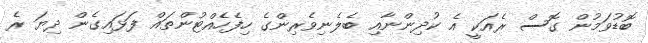
ބޮޑުވަމުން ގޮސް ރެއަކީ އެ ކުދިންނާއި ބެލެނިވެރިންގެ ހިފެހެއްޓުންތައް ފަޅައިގެން ދިޔަ ރެ